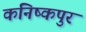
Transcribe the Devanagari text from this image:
कनिष्कपुर